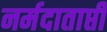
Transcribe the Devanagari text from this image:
नर्मदाताप्ती